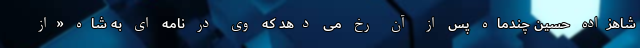
شاهزاده حسین چندماه پس از آن رخ می دهد که وی در نامه ای به شاه «از